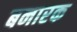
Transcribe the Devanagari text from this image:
बनारक